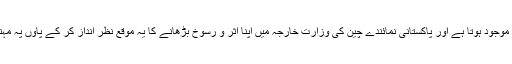
اس اجازت کے تحت بھارتی نمائندہ ہمیشہ یہاں موجود ہوتا ہے اور پاکستانی نمائندے چین کی وزارت خارجہ میں اپنا اثر و رسوخ بڑھانے کا یہ موقع نظر انداز کر کے پاؤں پہ مہندی لگائے سفارت خانے میں بیٹھے رہتے ہیں۔